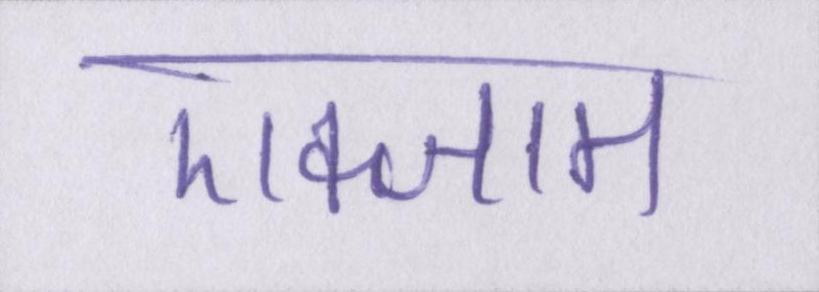
एक्जाम